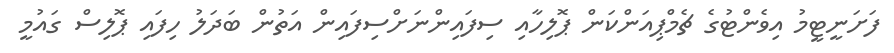
ފަށަނީޓީމު އިވެންޓުގެ ޗެމްޕިއަންކަން ޕޮލިހާއި ސިފައިންނަށްސިފައިން އަތުން ބަދަލު ހިފައި ޕޮލިސް ގައުމީ